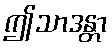
ဤသာဒန္တာ